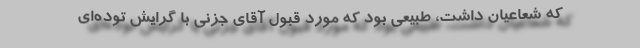
كه شعاعیان داشت، طبیعی بود كه مورد قبول آقای جزنی با گرایش توده‌ای